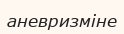
аневризміне